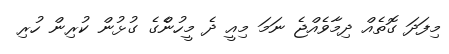
މިފަދަ ގޮތެއް ދިމާވެއްޖެ ނަމަ މިއީ ދެ މީހުންެގެ ގުޅުން ކުރިން ހުރި